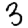
Digit: 3